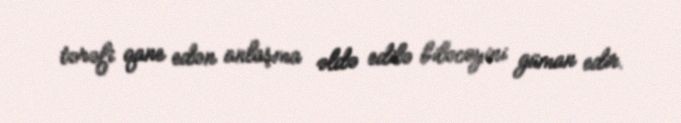
tərəfi qane edən anlaşma əldə edilə biləcəyini güman edir.